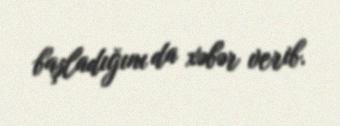
başladığını da xəbər verib.